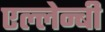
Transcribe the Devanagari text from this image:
एल्लेन्बी